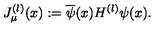
J _ { \mu } ^ { ( l ) } ( x ) : = \overline { { \psi } } ( x ) H ^ { ( l ) } \psi ( x ) .